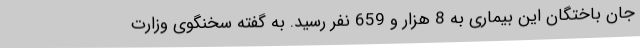
جان باختگان این بیماری به 8 هزار و 659 نفر رسید. به گفته سخنگوی وزارت